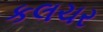
કલચર